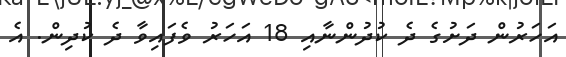
އަހަރުން ދަށުގެ ދެ ކުދުންނާއި 18 އަހަރު ވެފައިވާ ދެ ކުދިން. އެ